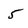
Character: 5